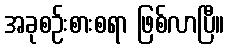
အခုစဉ်းစားစရာ ဖြစ်လာပြီ။